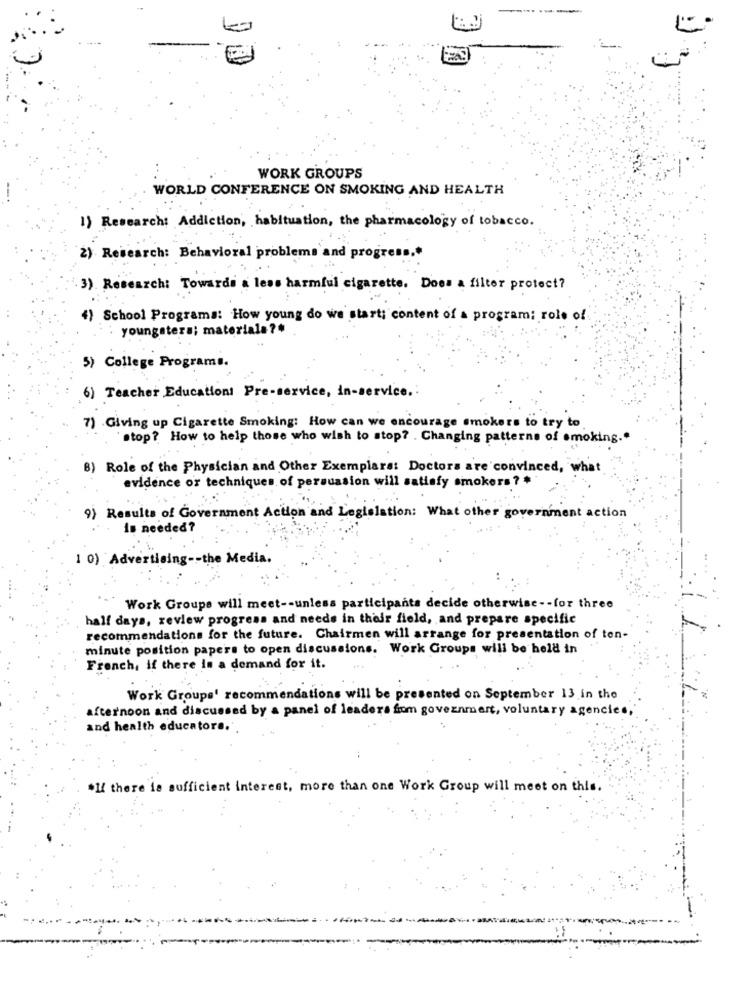
-----
-
WORK GROUPS
WORLD CONFERENCE ON SMOKING AND HEALTH
1) Research: Addiction, habituation, the pharmacology of tobacco.
2) Research: Behavioral problems and progress."
3). Research: Towards a less harmful cigarette. Does a filter protect?
4) School Programs: How young do we start; content of a program; role of
youngsters; materiale?#
5) College Programs.
6) Teacher Education!
in-ser
dce.
7) Giving up Cigarette Smoking: How can we encourage smokers to try to
stop? How to help those who wish to stop? . Changing patterns of smoking."
8) Role of the Physician and Other Exemplare: Doctors are convinced, what
evidence or techniques of persuasion will satisfy smokers ? *
9) Results of Government Action and Legislation: What other government action
Is needed?
1 0) Advertising -- the Media.
Work Groupe will meet -- unless participants decide otherwise -- for three
half days, review progress and needs in their field, and prepare specific
recommendations for the future. Chairmen will arrange for presentation of ton-
minute position papers to open discussions. Work Groups will be held in
French, if there is a demand for it.
Work Groups' recommendations will be presented on September 13 in the
afternoon and discussed by a panel of leaders from government, voluntary agencies,
and health educators.
*If there is sufficient interest, more than one Work Group will meet on this.